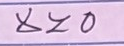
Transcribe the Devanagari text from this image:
४≥०